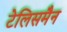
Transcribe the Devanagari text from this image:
टेलिसमैन